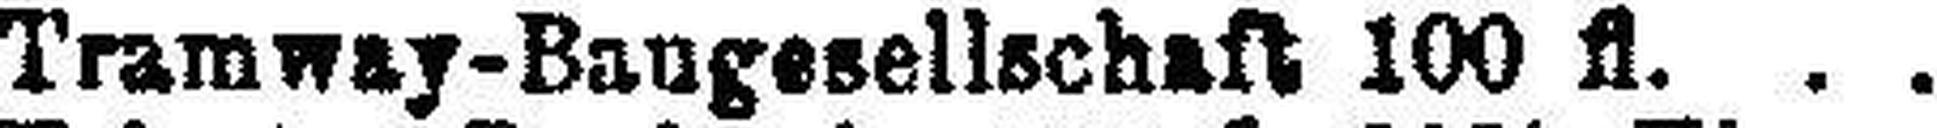
Tramway-Baugesellschaft 100 fl.